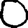
Digit: 0